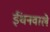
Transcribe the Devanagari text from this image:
ईंधनवाले